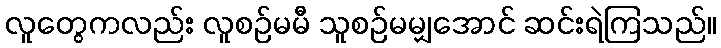
လူတွေကလည်း လူစဉ်မမီ သူစဉ်မမျှအောင် ဆင်းရဲကြသည်။